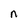
Character: n